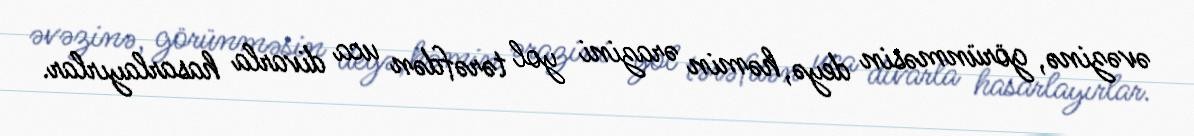
əvəzinə, görünməsin deyə, həmin ərazini yol tərəfdən uca divarla hasarlayırlar.